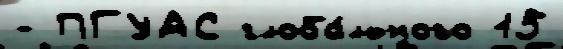
- ПГУАС глоба́льного 15